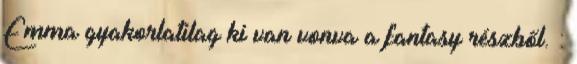
Emma gyakorlatilag ki van vonva a fantasy részből. :